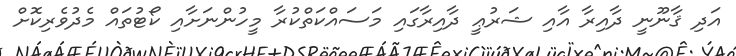
އަދި ޤާނޫނީ ދާއިރާ އާއި ޝަރުޢީ ދާއިރާގައި މަސައްކަތްކުރާ މީހުންނަށާއި ކޯޓުތައް މެދުވެރިކޮށް